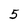
Character: 5